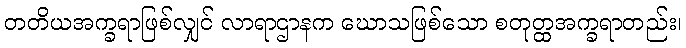
တတိယအက္ခရာဖြစ်လျှင် လာရာဌာနက ဃောသဖြစ်သော စတုတ္ထအက္ခရာတည်း၊